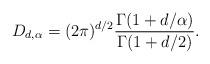
LaTeX: \begin{align*}D_{d, \alpha} = (2 \pi)^{d/2} \frac{\Gamma(1 + d/\alpha)}{\Gamma(1 + d/2)}.\end{align*}